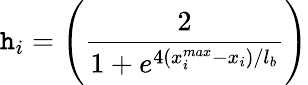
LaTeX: \mathtt{h}_{i}=\Bigg(\frac{{2}}{{1+e^{4({x_{i}^{max}-x_{i}})/l_{b}}}}\Bigg)